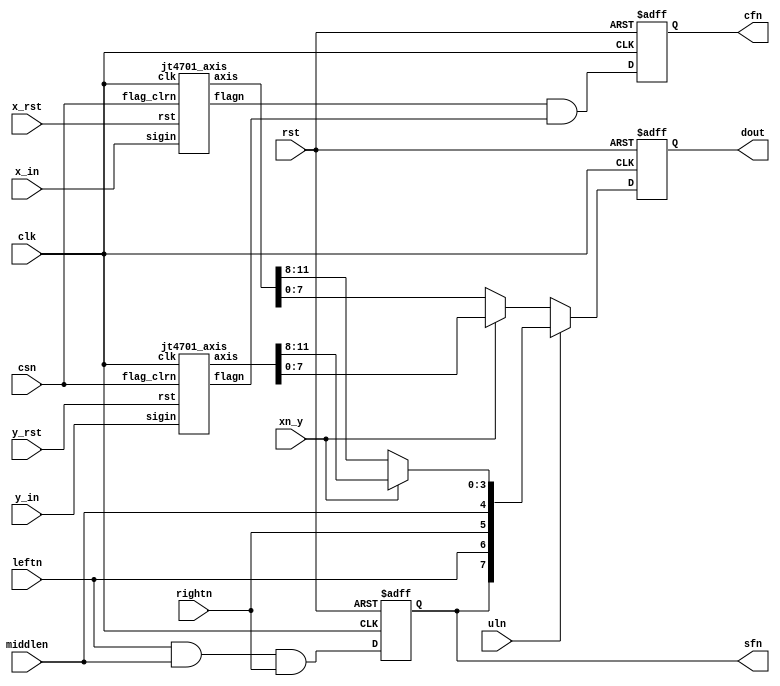
/*  This file is part of JTFRAME.
    JTFRAME program is free software: you can redistribute it and/or modify
    it under the terms of the GNU General Public License as published by
    the Free Software Foundation, either version 3 of the License, or
    (at your option) any later version.

    JTFRAME program is distributed in the hope that it will be useful,
    but WITHOUT ANY WARRANTY; without even the implied warranty of
    MERCHANTABILITY or FITNESS FOR A PARTICULAR PURPOSE.  See the
    GNU General Public License for more details.

    You should have received a copy of the GNU General Public License
    along with JTFRAME.  If not, see <http://www.gnu.org/licenses/>.

    Author: Jose Tejada Gomez. Twitter: @topapate
    Version: 1.0
    Date: 12-5-2020 */

// Equivalent to NEC uPD4701A
// if A comes first, it increases the count
module jt4701(
    input               clk,
    input               rst,
    input      [1:0]    x_in, // MSB=A, LSB=B
    input      [1:0]    y_in, // MSB=A, LSB=B
    input               rightn,
    input               leftn,
    input               middlen,
    input               x_rst,
    input               y_rst,
    input               csn,        // chip select
    input               uln,        // byte selection
    input               xn_y,       // select x or y for reading
    output reg          cfn,        // counter flag
    output reg          sfn,        // switch flag
    output reg [7:0]    dout
);

wire [11:0] cntx, cnty;
wire        xflagn, yflagn;

wire [ 7:0] upper, lower;

assign      upper = { sfn, leftn, rightn, middlen, xn_y ? cnty[11:8] : cntx[11:8] };
assign      lower = xn_y ? cnty[7:0] : cntx[7:0];

jt4701_axis u_axisx(
    .clk        ( clk       ),
    .rst        ( x_rst     ),
    .sigin      ( x_in      ),
    .flag_clrn  ( csn       ),
    .flagn      ( xflagn    ),
    .axis       ( cntx      )
);

jt4701_axis u_axisy(
    .clk        ( clk       ),
    .rst        ( y_rst     ),
    .sigin      ( y_in      ),
    .flag_clrn  ( csn       ),
    .flagn      ( yflagn    ),
    .axis       ( cnty      )
);

always @(posedge clk, posedge rst) begin
    if( rst ) begin
        cfn  <= 1;
        sfn  <= 1;
        dout <= 8'd0;
    end else begin
        sfn  <= leftn && middlen && rightn;
        cfn  <= xflagn && yflagn;
        dout <= uln ? upper : lower;
    end
end

endmodule

module jt4701_axis(
    input               clk,
    input               rst,   // synchronous
    input      [1:0]    sigin,
    input               flag_clrn,
    output reg          flagn,
    output reg [11:0]   axis
);

wire [1:0] xedge;
reg  [1:0] last_in, locked, last_xedge;
wire       posedge_a, posedge_b, negedge_a, negedge_b;
reg        ping, pong;

assign     xedge = sigin ^ last_in;
assign     posedge_a = ~last_in[1] &  sigin[1];
assign     posedge_b = ~last_in[0] &  sigin[0];
assign     negedge_a =  last_in[1] & ~sigin[1];
assign     negedge_b =  last_in[0] & ~sigin[0];

`ifdef SIMULATION
initial begin
    axis    = 12'd0;
    last_in = 2'b0;
    flagn   = 1;
    locked  = 2'b00;
end
`endif

always @(posedge clk) begin
    if( rst ) begin
        axis   <= 12'd0;
        last_in<= 2'b0;
        flagn  <= 1;
        locked <= 2'b00;
        ping   <= 0;
        pong   <= 0;
    end else begin
        flagn      <= !flag_clrn || !(xedge!=2'b00 && locked[0]!=locked[1]);
        last_in    <= sigin;

        if( posedge_b ) begin
            ping <= 0;
            pong <= 1;
        end

        if( posedge_a ) begin
            ping <= 1;
            pong <= 0;
        end

        if( (posedge_a && !sigin[0]) || (negedge_a && sigin[0]) ) begin
            if( pong ) axis <= axis + 12'd1;
        end else begin
            if( (posedge_b && !sigin[1]) || (negedge_b && sigin[1]) ) begin
                if(ping) axis <= axis - 12'd1;
            end
        end

    end
end

endmodule

module jt4701_dialemu(
    input            clk,
    input            rst,
    input            pulse,
    input            inc,
    input            dec,
    output reg [1:0] dial
);

reg s;
reg last_pulse;

always @(posedge clk) last_pulse <= pulse;

always @(posedge clk, posedge rst) begin
    if( rst ) begin
        dial <= 2'b0;
        s    <= 0;
    end else if( pulse && !last_pulse ) begin
        s <= ~s;
        if( inc ) begin
            if( !s ) dial[0] <= ~dial[0];
            if(  s ) dial[1] <= dial[0];
        end else if( dec ) begin
            if( !s ) dial[1] <= ~dial[1];
            if(  s ) dial[0] <= dial[1];
        end else begin
            dial[0] <= 0;
            dial[1] <= 0;
        end
    end
end

endmodule

//////////////////////////////////////////////////////////
module jt4701_dialemu_2axis(
    input            rst,
    input            clk,
    input            LHBL,
    input      [1:0] inc,
    input      [1:0] dec,
    // 4701 direct connections
    input            x_rst,
    input            y_rst,
    input            uln,       // upper / ~lower
    input            cs,
    input            xn_y,      // ~x / y
    output           cfn,
    output           sfn,
    output     [7:0] dout
);

    wire [1:0] x_in, y_in;
    reg  [1:0] tick;
    reg        last_LHBL;

    // The dial update ryhtm is set to once every four lines
    always @(posedge clk) begin
        last_LHBL <= LHBL;
        if( LHBL && !last_LHBL ) tick <= tick+2'd1;
    end

    jt4701 u_dial(
        .clk        ( clk       ),
        .rst        ( rst       ),
        .x_in       ( x_in      ),
        .y_in       ( y_in      ),
        .rightn     ( 1'b1      ),
        .leftn      ( 1'b1      ),
        .middlen    ( 1'b1      ),
        .x_rst      ( x_rst     ),
        .y_rst      ( y_rst     ),
        .csn        ( ~cs       ),        // chip select
        .uln        ( uln       ),        // byte selection
        .xn_y       ( xn_y      ),        // select x or y for reading
        .cfn        ( cfn       ),        // counter flag
        .sfn        ( sfn       ),        // switch flag
        .dout       ( dout      )
    );

    jt4701_dialemu u_dial1p(
        .clk        ( clk       ),
        .rst        ( rst       ),
        .pulse      ( tick[1]   ),
        .inc        ( inc[0]    ),
        .dec        ( dec[0]    ),
        .dial       ( x_in      )
    );

    jt4701_dialemu u_dial2p(
        .clk        ( clk       ),
        .rst        ( rst       ),
        .pulse      ( tick[1]   ),
        .inc        ( inc[1]    ),
        .dec        ( dec[1]    ),
        .dial       ( y_in      )
    );

endmodule